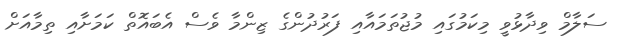
ސަލާމް ވިދާޅުވީ މިކަމުގައި މުޖުތަމައާއި ފަރުދުންގެ ޒިންމާ ވެސް އެބައޮތް ކަމަށާއި ތިމާއަށް